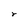
Character: r